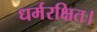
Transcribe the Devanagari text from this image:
धर्मरक्षित।